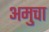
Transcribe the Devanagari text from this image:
अमुचा